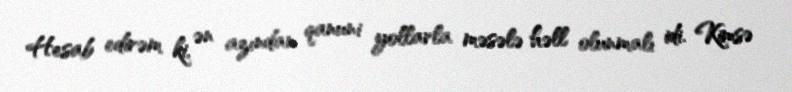
Hesab edirəm ki, ən azından qanuni yollarla məsələ həll olunmalı idi. Kimsə